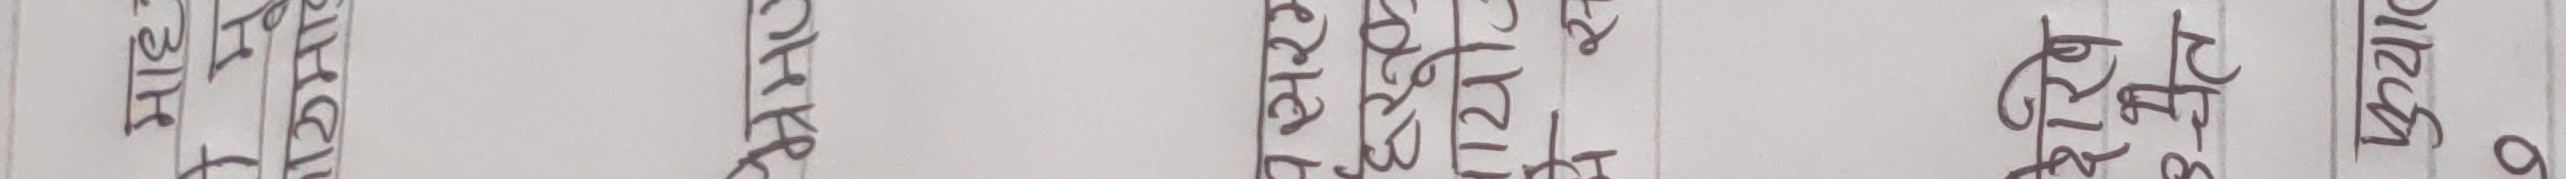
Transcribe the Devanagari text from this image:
दृष्टिको हो।
तर केही